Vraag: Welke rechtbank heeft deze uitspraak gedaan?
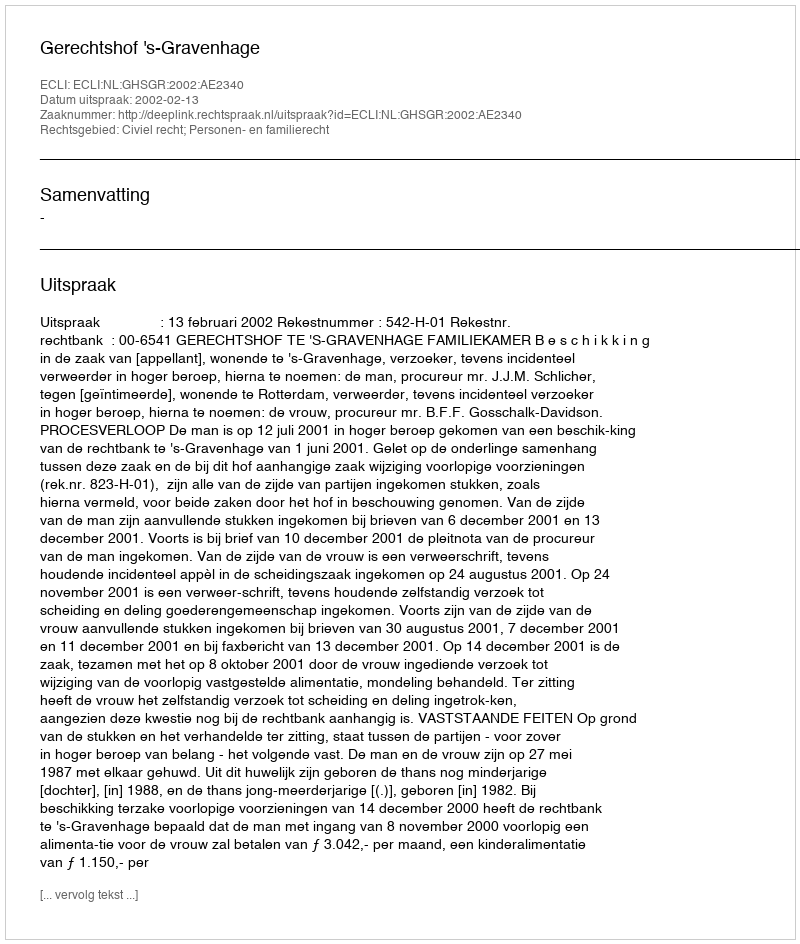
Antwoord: Gerechtshof 's-Gravenhage